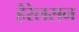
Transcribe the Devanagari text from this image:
हैरेलसन